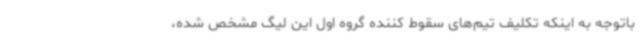
باتوجه به اینکه تکلیف تیم‌های سقوط کننده گروه اول این لیگ مشخص شده،